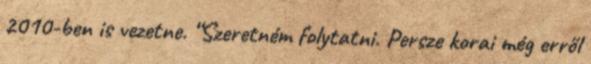
2010-ben is vezetne. “Szeretném folytatni. Persze korai még erről